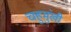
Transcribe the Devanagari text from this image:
चहुमुंखी